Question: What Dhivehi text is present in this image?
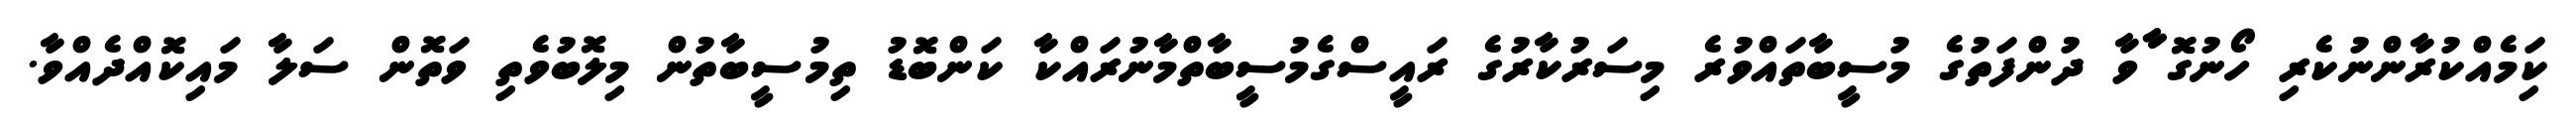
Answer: ކިަމެއްކުރާންނުކެރި ހޯނުގޮ ާާވާ ދުންފަތުގެ މުސީބާތައްވުރެ މިސަރުކާރުގެ ރައީސްގެމުސީބާތްމާނުރައްކާ ކަންބޮޑު ތިމުސީބާތުން މިލޮބުވެތި ވަތޮން ސަލާ މައިކޮއްދެއްވާ.